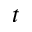
t